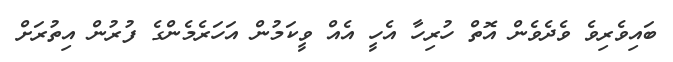
ބައިވެރިވެ ވެދެވެން އޮތް ހުރިހާ އެހީ އެއް ވީކަމުން އަހަރެމެންގެ ފުރުން އިތުރަށް